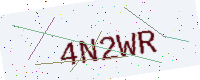
Text: 4N2WR